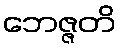
ဘေဇ္ဇတိ